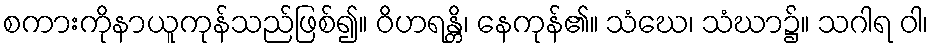
စကားကိုနာယူကုန်သည်ဖြစ်၍။ ဝိဟရန္တိ၊ နေကုန်၏။ သံဃေ၊ သံဃာ၌။ သဂါရ ဝါ၊